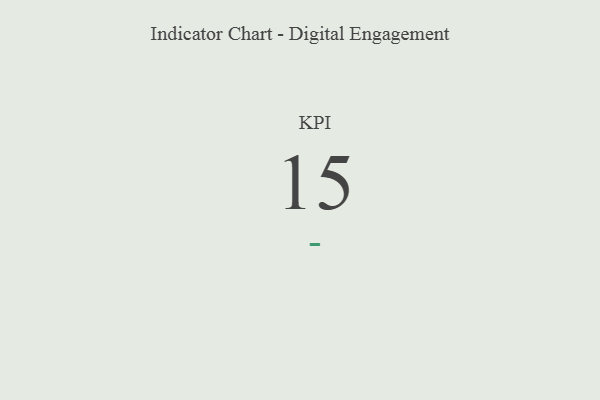
{"axis": {"x": "KPI", "y": "Value"}, "legend": [""], "data": [{"x": "KPI", "y": 15, "type": ""}]}